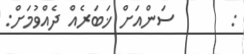
:       ސަންއަށް ޚަބަރެއް ދެއްވުމަށް: